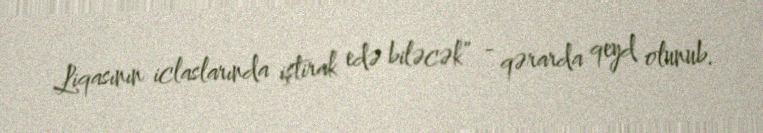
Liqasının iclaslarında iştirak edə biləcək” - qərarda qeyd olunub.